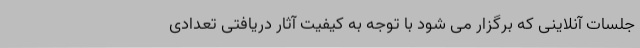
جلسات آنلاینی که برگزار می شود با توجه به کیفیت آثار دریافتی تعدادی